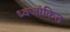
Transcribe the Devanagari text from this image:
ध्वजांकित